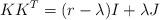
LaTeX: \begin{align*}KK^{T} = (r-\lambda)I+\lambda J\end{align*}